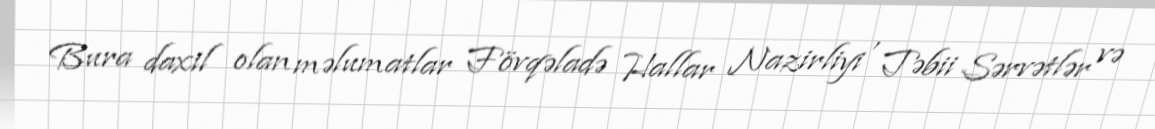
Bura daxil olan məlumatlar Fövqəladə Hallar Nazirliyi , Təbii Sərvətlər və